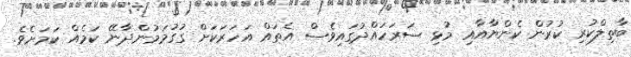
ބާތިލްކުރި ކުރުން ކެންޔާއާއި މުޅި ސަރަހައްދުގައިވެސް އެތައް އަހަރަކަށް ގުގުމަމުންދާނޭ ކަމެއް ކަމަށެވެ.